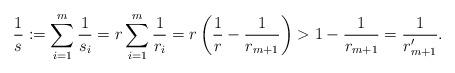
LaTeX: \begin{align*}\frac1s:=\sum_{i=1}^m \frac1{s_i}=r\sum_{i=1}^m \frac1{r_i}=r\left(\frac1r-\frac1{r_{m+1}}\right)>1-\frac1{r_{m+1}}=\frac1{r_{m+1}'}.\end{align*}